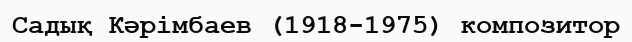
Садық Кәрімбаев (1918-1975) композитор